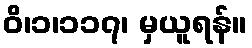
ဝိ၊၁၊၁၁၇၊ မှယူရန်။